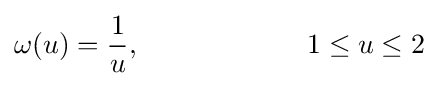
\omega (u)={\frac {1}{u}},\qquad \qquad \qquad 1\leq u\leq 2